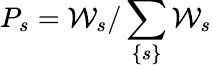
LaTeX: P_{s}=\mathcal{W}_{s}/\sum_{\left\{ s\right\} }\mathcal{W}_{s}